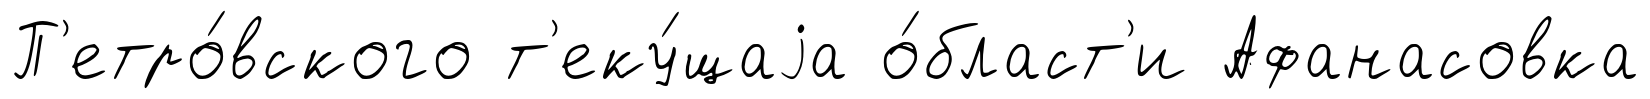
П'етро́вского т'еку́щаjа о́бласт'и Афанасовка